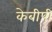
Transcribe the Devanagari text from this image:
केबीपी